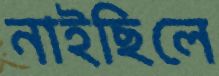
নাইছিলে